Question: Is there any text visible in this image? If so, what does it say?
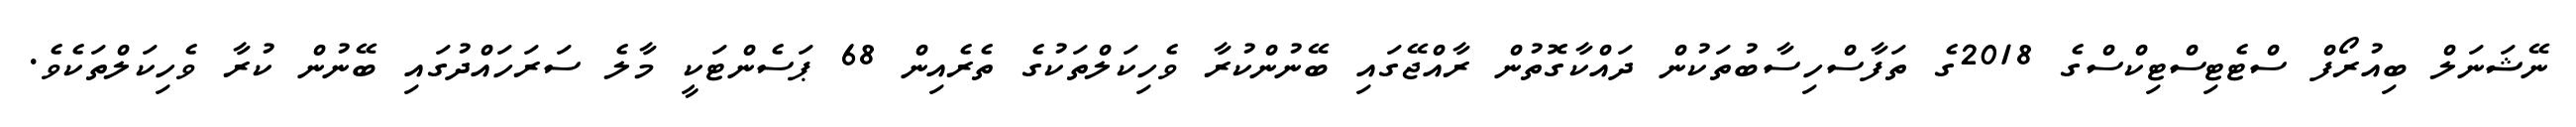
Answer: ނޭޝަނަލް ބިއުރޯފް ސްޓެޓިސްޓިކްސްގެ 2018ގެ ތަފާސްހިސާބުތަކުން ދައްކާގޮތުން ރާއްޖޭގައި ބޭނުންކުރާ ވެހިކަލްތަކުގެ ތެރެއިން 68 ޕަސެންޓަކީ މާލެ ސަރަހައްދުގައި ބޭނުން ކުރާ ވެހިކަލްތަކެވެ.